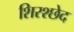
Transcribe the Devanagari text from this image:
शिरश्छेद